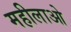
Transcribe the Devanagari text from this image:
महीलाओ